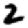
Digit: 2